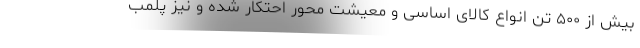
بیش از ۵۰۰ تن انواع کالای اساسی و معیشت محور احتکار شده و نیز پلمب